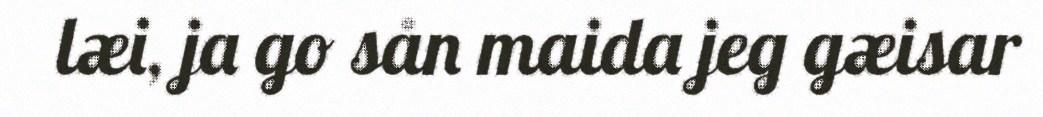
læi, ja go sån maida jeg gæisar